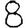
Digit: 8